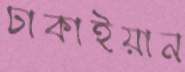
ঢাকাইয়ান